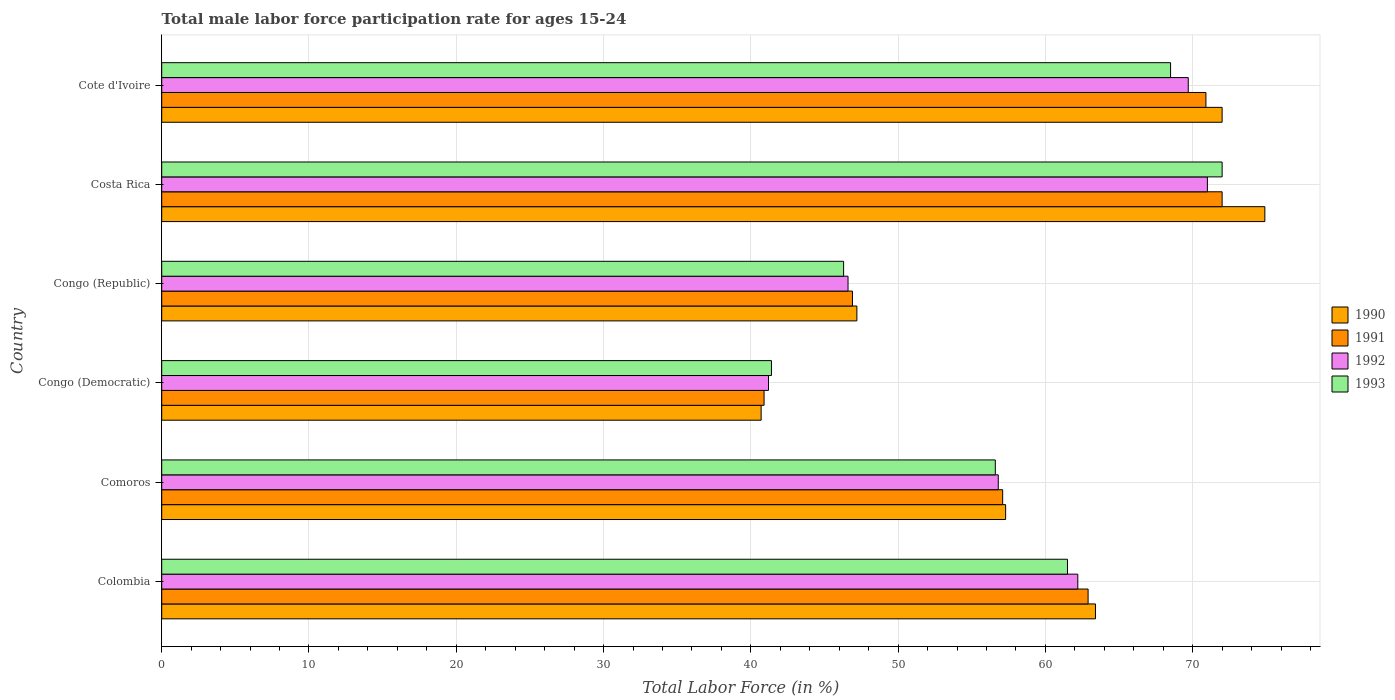
| Country | 1990 | 1991 | 1992 | 1993 |
 | --- | --- | --- | --- | --- |
 | Colombia | 63.4 | 62.9 | 62.2 | 61.5 |
 | Comoros | 57.3 | 57.1 | 56.8 | 56.6 |
 | Congo (Democratic) | 40.7 | 40.9 | 41.2 | 41.4 |
 | Congo (Republic) | 47.2 | 46.9 | 46.6 | 46.3 |
 | Costa Rica | 74.9 | 72 | 71 | 72 |
 | Cote d'Ivoire | 72 | 70.9 | 69.7 | 68.5 |